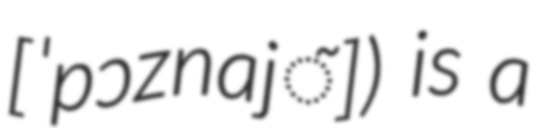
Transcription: [ˈpɔznaj̃]) is a